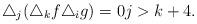
LaTeX: \begin{align*}\triangle_j(\triangle_kf\triangle_i g)=0 j>k+4.\end{align*}